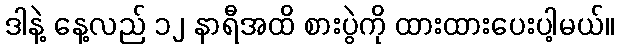
ဒါနဲ့ နေ့လည် ၁၂ နာရီအထိ စားပွဲကို ထားထားပေးပါ့မယ်။